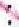
: